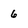
Character: 6